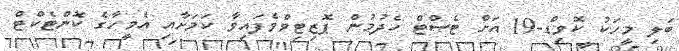
ބަލި މީހަކު ކޮވިޑް-19 އަށް ޓެސްޓް ހެދުމުން ޕޮޒިޓިވްވެފައިވާ ކަމަށާއި އެމީހާގެ ކޮންޓެކްޓް